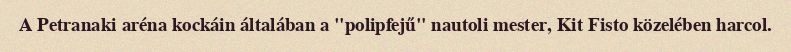
A Petranaki aréna kockáin általában a "polipfejű" nautoli mester, Kit Fisto közelében harcol.